King Institute of Preventive Medicine Bacteriolog. Section reports 1907-08
Year: 1907
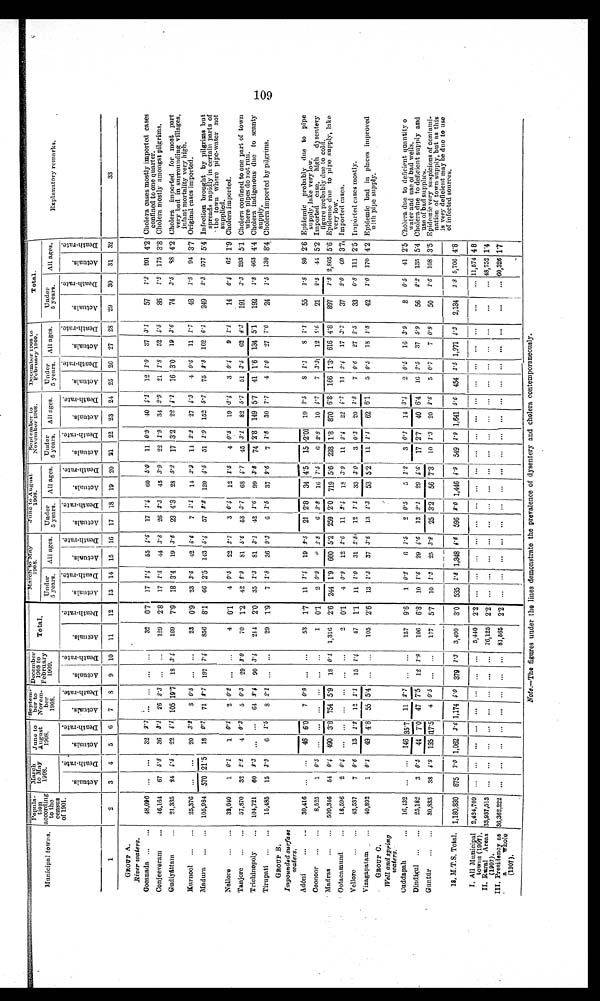
Municipal towns.
Popula-
tion
according
to the
census
of 1901.
March
to May
1908.
June to
August
1908.
Septem-
ber to
Novem-
ber
1908.
December 1908 to
February
1909.
Total.
March to May
1908.
June to August
1908.
September to
November 1908.
December 1908 to
February 1909.
Total.
Explanatory remarks.
Under
5 years. All ages. Under
5 years. All ages. Under
5 years. All ages. Under
5 years. All ages.
Under
5 years. All ages.
A c t u a l s .
D e a t h - r a t e .
A c t u a l s .
D e a t h - r a t e .
A c t u a l s . D e a t h - r a t e .
A c t u a l s . D e a t h - r a t e .
A c t u a l s .
D e a t h - r a t e .
A c t u a l s .
D e a t h - r a t e .
A c t u a l s .
D e a t h - r a t e .
A c t u a l s .
D e a t h - r a t e .
Actuals.
D e a t h - r a t e .
A c t u a l s .
D e a t h - r a t e .
A c t u a l s .
D e a t h - r a t e .
A c t u a l s .
D e a t h - r a t e .
A c t u a l s .
D e a t h - r a t e .
A c t u a l s .
D e a t h - r a t e .
A c t u a l s .
D e a t h - r a t e .
1
2
3 4 5 6 7
8 9 10 11
12 13 14 15 16 17 18 19 20 21 22 23 24 25 26 27 28 29
30 31 32
33
GROUP A.
_River waters.
Cocanada ... ... 48,096 ... ... 32 2.7 ... ... ... ...
32 0.7 17 1.4 55 4.6 17 1.4 60 5.0 11 0.9 49 4.1 12 1.0 37 3.1
57 1.2 201 4.2 Cholera cases mostly imported cases
confined to one quarter.
Conjeeveram ... 46,164 67 5.8 36 3.1 26 2.3 . . . ...
129 2.8 17 1.5 44 3.8 26 2.3 45 3.9 22 1.9 34 2.9 21 1.8 52 4.5
86 1.9 175 3.8 Cholera mostly amongst pilgrims.
Gudiyáttam ... 21,335 24 4.5 22 4.1 105 19.7
1 8 3.4
169 7.9 18 3.4 19 3.6 23 4.3 28 5.2 17 3.2 22 4.1 16 3.0 19 3.6 74 3.5
8 8 4.2 Cholera imported for most part
very bad in surrounding villages,
infant mortality very high.
Kurnool ... ... 25,376 ... ... 20 3.2 3 0.5 . . . ...
23 0.9 23 3.6 42 6.6 7 1.1 14 2.2 14 2.2 27 4.3 4 0.6 11 1.7
48 1.9 94 3.7 Original cases imported.
Madura ... ... 105,984 570 21.5 18 0.7 71 2.7 197 7.4 856 8.1 66 2.5 143 5.4 57
2 . 2 120 4.5 51 1.9 152 5.7 75 2 . 8 162 6.1 249 2.3 577 5.4 Infection brought by pilgrims but
spreads rapidly in certain parts of
the town where pipe-water not
supplied.
Nellore ... ... 32,040
1 0.1 1 0.1 2 0.2 . . . ...
4 0.1 4 0.5 22 2.7 3 0.4 12 1.5 4 0.5 19 2.4 3 0.4 9 1.1
14 0.4 62 1.9 Cholera imported.
Tanjore ... ... 57,870 32 2.2 4 0.3 5 0.3 29 3.0
70 1.2 42
2 . 9 81 5.6 53 3.7
6 8 4.7 45 3.1 82 5.7 51 3.5 62 4.3 191 3.3 293 5.1 Cholera confined to one part of town
where pipes do not run.
Trichinopoly ... 104,721 60
3 . 3 ... ... 64 3 . 4 90 3.4 214 2.0 35 1.3 81 3.1 42 1 . 6 99 3.8 74 2.8 149 5.7 41 1.6 134 5.1 192
1 . 8 463 4.4 Cholera indigenous due to scanty
supply.
Tirupati ... ... 15,485 15 3.9 6 1.5
8 2.1 . . . ...
29 1.9 7 1 . 8 36 9.3 6
1 . 5 37 9.6 7 1.8 30 7.7 4 1.0 27 7.0
24 1.5 130 8.4 Cholera imported by pilgrims.
GROUP B.
Impounded surface
waters.
Adóni ... ... 30,416 ... ... 46 6.0 7 0.9 . . . ...
53 1.7 11 1.4 19 2 . 5 21 2.8 34 4.5 15 2.01 19 2.5 8 1.1 8 1.1
55 1.8
8 0 2.6 Epidemic probably due to pipe
supply, lake very low.
Coonoor ... ...
8,525
1 0.5 ......
...
... ......
1
0 . 1 2 0.9
6 2.8
6 2.8 16 7.5
6 2.8 10 4.7 7 3.3 12 5.6
21 2.5 44 5.2 Imported case, high dysentery
figure probably due to cold.
Madras ... ... 509,346 54 0.4 490 3.8 754 5.9 18 0.1 1,316 2.6 244 1.9 660 5.2 259 2.0 719 5.6 228 1.8 870 6.8 166 1.3 616 4.8 897 1.8 2,865 5.6 Epidemic due to pipe supply, lake
very low.
Ootacamund
... 18,596
2 0 4 ... ... ...
. . . ... ...
2 0.1 4 0.9 12 2.6 11
2 . 4 18 3.9 11 2.4 22 4.7 11 2.4 17 3.7
37 2.0 69 3.7 Imported cases.
Vellore ... ... 43,537
7 0.6 13 1.2 12 1.1 15 1.4
47 1.1 11
1 . 0 31 2.8 12 1.1 33 3.0 3 0.3 20 1.8 7 0.6 27 2.5
33 0.8 111 2.5 Imported cases mostly.
Vizagapatam ... 40,892
1 0.1 49 4.8 55 5.4 ... ...
105 2.6 13 1 . 3 37 3.6 13 1 . 3 53 5.2 11 1.1 62 6.1 5 0.5 18 1.8
42 1.0 170 4.2 Epidemic bad in places improved
with pipe supply.
GROUP C.
Well and spring
waters.
Cuddapah
... 16,432 ... ... 146 35.7 11 2.7 . . . ...
157 9.6 1 0.2
6 1.5 2 0.5
5 1.2 3 0.7 14 3.4 2 0.5 16 3.9
8 0.5 41 2.5 Cholera due to deficient quantity o
water and use of bad wells.
Dindigul ... ... 25,182
3 0.5 44 7.0 47 7.5 12 1.9 106 6.8 10
1 . 6 29 4.6 13 2.1 29 4.6 17 2.7 40 6.4 16 2.5 37 5.9
56 2.2 135 5.4 Cholera due to deficient supply and
use of bad supplies.
Guntúr
... 30,833 38 4.9 135 17.5 4 0.5 ...
...
177 5.7 10 1.3 25 3.2 25 3.2 56 7.3 10 1.3 20 2.6 5 0.7 7 0 . 9
50 1.6 108 3.5 Epidemic very suspicious of contami-
nation of town supply, but as this
is very deficient may be due to use
of infected sources.
18, M.T.S. Total. 1,180,830 875 3.0 1,062 3.6 1,174 4.0 379 1.3 3,490 3.0 535 1.8 1,348 4.6 596 2.0 1,446 4.9 549 1.9 1,641 5.6 454 1.5 1,271 4.3 2,134 1.8 5,706 4.8
I. All Municipal
towns (1907). 2,424,709 ... ... ... ... ... ... ... ... 5,440 2.2 ... .. . . . . . . . . . ... ... ... ... ... ... ... ... ... ... ...
...
... 11,574 48
II. Rural Areas
(1907).
33,937,513 ... ..
... ... ... ... ... ...
7 6 , 1 2 5
2 . 2
... ... ... ... ... ... ... ... ... ... ... ... ... ... ... ... ...
... 48,752 1.4
III. Presidency as
a
Whole
(1907).
36,362,222 ... ...
...
... . . . ...
. . . ...
8 1 , 5 6 5 2.2 ... ... ...
... ...
... ...
...
... ...
... ... ... ... ... ... ... ...
60,326 1.7
Note.—The figures under the lines demonstrate the prevalence of dysentery and cholera contemporaneously.
109